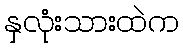
နှလုံးသားထဲက